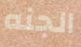
الجنه